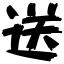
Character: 送